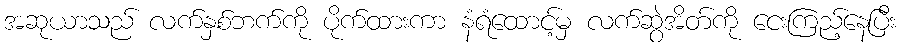
အဆုယာသည် လက်နှစ်ဘက်ကို ပိုက်ထားကာ နံရံထောင့်မှ လက်ဆွဲအိတ်ကို ငေးကြည့်နေပြီး